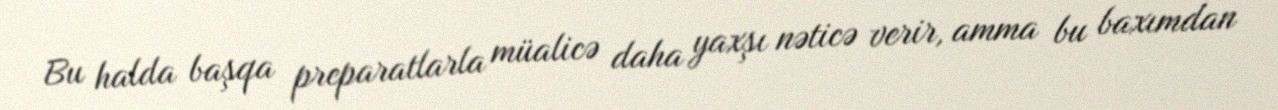
Bu halda başqa preparatlarla müalicə daha yaxşı nəticə verir, amma bu baxımdan